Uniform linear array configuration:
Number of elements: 8
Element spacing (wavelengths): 0.5
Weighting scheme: binomial
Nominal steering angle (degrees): -60
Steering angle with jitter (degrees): -58.349
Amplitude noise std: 0.05
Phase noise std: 0.05

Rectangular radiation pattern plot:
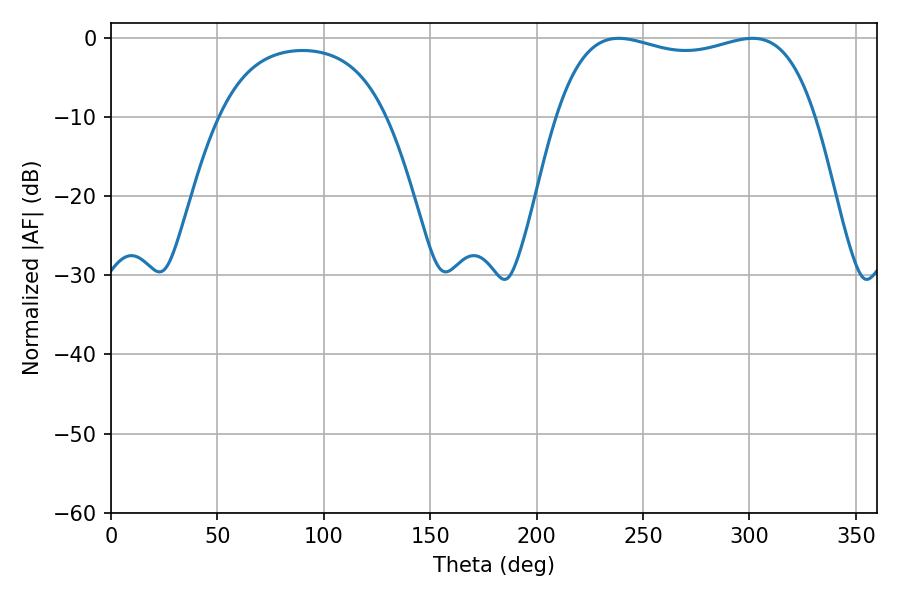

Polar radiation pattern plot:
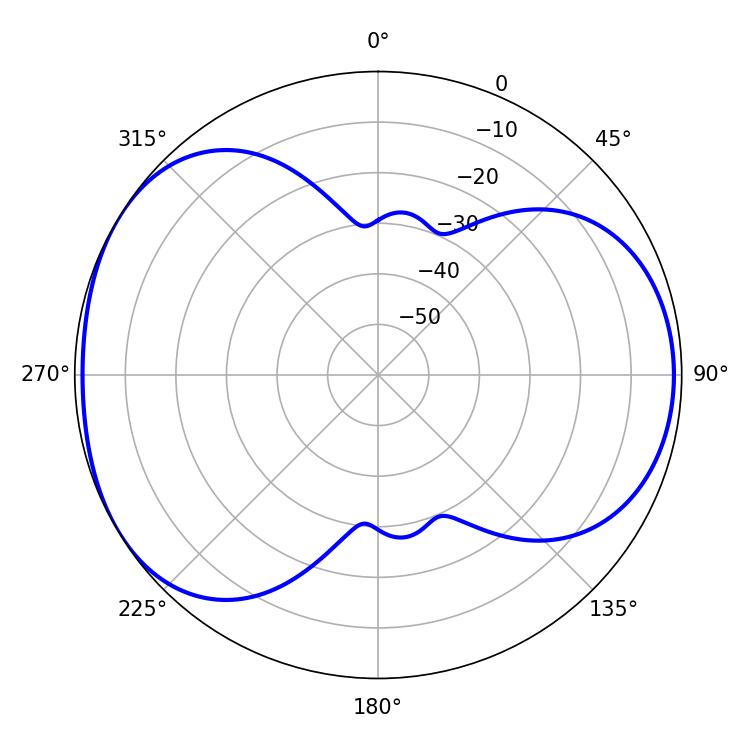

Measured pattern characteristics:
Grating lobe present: FALSE
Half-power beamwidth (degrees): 98.64
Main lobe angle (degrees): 238.5